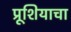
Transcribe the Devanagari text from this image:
प्रूशियाचा